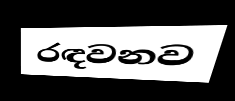
රඳවනව